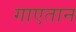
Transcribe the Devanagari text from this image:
गाएतान